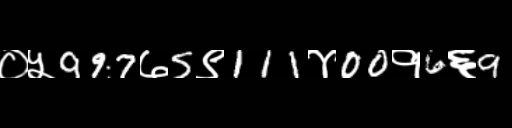
Text: ०५997७5९111४00१6६9